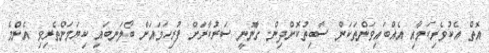
އޮތް އެކުވެރިކަމާއި އެއްބައިވަންތަކަން ސާބިތުކޮށްދިން. ގާނޫނީ ސަރުކާރަށް ފުރިހަމައަށް ބޯލަނބައި ކިޔަމަންތެރިވި. އެންމެ